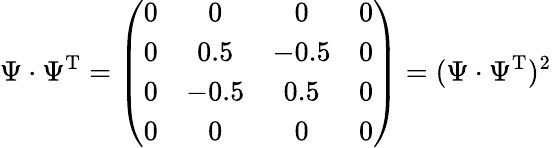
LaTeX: \Psi\cdot\Psi^{\mathrm{T}}=\left(\begin{array}{cccc}{0}&{0}&{0}&{0}\\ {0}&{0.5}&{-0.5}&{0}\\ {0}&{-0.5}&{0.5}&{0}\\ {0}&{0}&{0}&{0}\end{array}\right)=(\Psi\cdot\Psi^{\mathrm{T}})^{2}